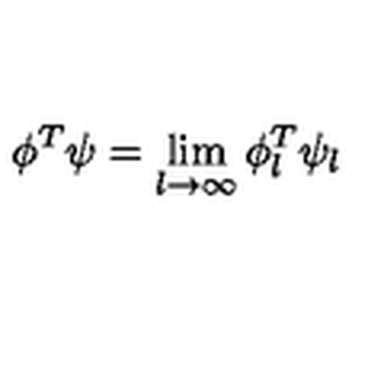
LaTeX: \phi ^ { T } \psi = \lim _ { l \to \infty } \phi _ { l } ^ { T } \psi _ { l }